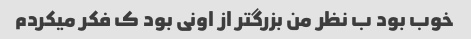
خوب بود ب نظر من بزرگتر از اونی بود ک فکر میکردم